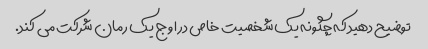
توضیح دهید که چگونه یک شخصیت خاص در اوج یک رمان شرکت می کند.